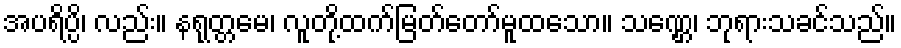
အပရိပ္ပိ၊ လည်း။ နရုတ္တမေ၊ လူတို့ထက်မြတ်တော်မူထသော။ သဏ္ဌေ၊ ဘုရားသခင်သည်။